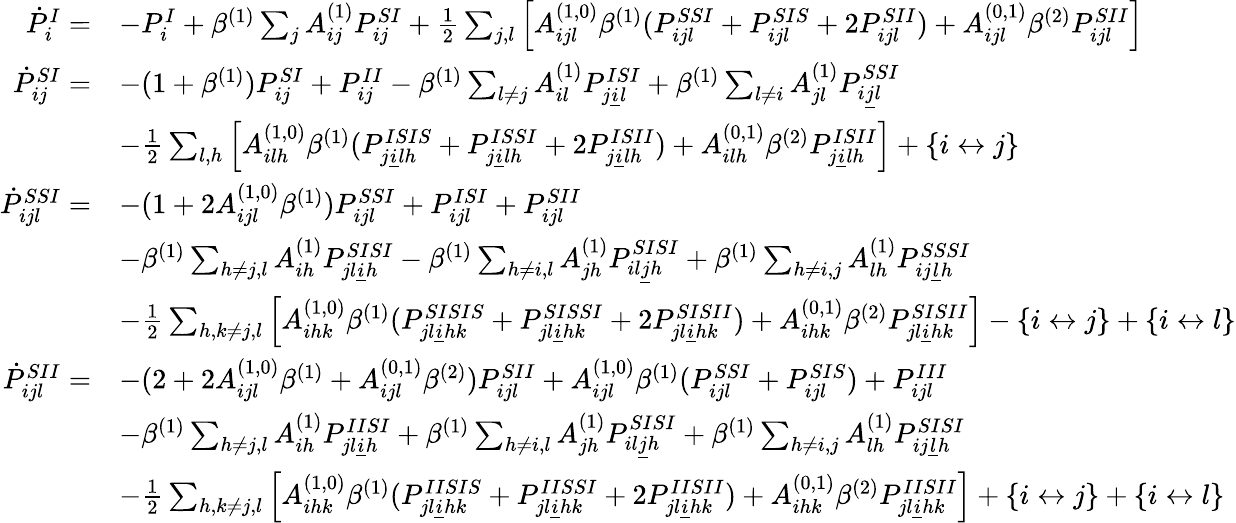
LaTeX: \begin{array}{rl}{\dot{P}_{i}^{I}=}&{-P_{i}^{I}+\beta^{(1)}\sum_{j}A_{ij}^{(1)}P_{ij}^{SI}+\frac 12\sum_{j,l}\left[A_{ijl}^{(1,0)}\beta^{(1)}(P_{ijl}^{SSI}+P_{ijl}^{SIS}+2P_{ijl}^{SII})+A_{ijl}^{(0,1)}\beta^{(2)}P_{ijl}^{SII}\right]}\\ {\dot{P}_{ij}^{SI}=}&{-(1+\beta^{(1)})P_{ij}^{SI}+P_{ij}^{II}-\beta^{(1)}\sum_{l\neq j}A_{il}^{(1)}P_{j\underline{{i}}l}^{ISI}+\beta^{(1)}\sum_{l\neq i}A_{jl}^{(1)}P_{i\underline{{j}}l}^{SSI}}\\ &{-\frac 12\sum_{l,h}\left[A_{ilh}^{(1,0)}\beta^{(1)}(P_{j\underline{{i}}lh}^{ISIS}+P_{j\underline{{i}}lh}^{ISSI}+2P_{j\underline{{i}}lh}^{ISII})+A_{ilh}^{(0,1)}\beta^{(2)}P_{j\underline{{i}}lh}^{ISII}\right]+\{ i\leftrightarrow j\} }\\ {\dot{P}_{ijl}^{SSI}=}&{-(1+2A_{ijl}^{(1,0)}\beta^{(1)})P_{ijl}^{SSI}+P_{ijl}^{ISI}+P_{ijl}^{SII}}\\ &{-\beta^{(1)}\sum_{h\neq j,l}A_{ih}^{(1)}P_{jl\underline{{i}}h}^{SISI}-\beta^{(1)}\sum_{h\neq i,l}A_{jh}^{(1)}P_{il\underline{{j}}h}^{SISI}+\beta^{(1)}\sum_{h\neq i,j}A_{lh}^{(1)}P_{ij\underline{{l}}h}^{SSSI}}\\ &{-\frac 12\sum_{h,k\neq j,l}\left[A_{ihk}^{(1,0)}\beta^{(1)}(P_{jl\underline{{i}}hk}^{SISIS}+P_{jl\underline{{i}}hk}^{SISSI}+2P_{jl\underline{{i}}hk}^{SISII})+A_{ihk}^{(0,1)}\beta^{(2)}P_{jl\underline{{i}}hk}^{SISII}\right]-\{ i\leftrightarrow j\} +\{ i\leftrightarrow l\} }\\ {\dot{P}_{ijl}^{SII}=}&{-(2+2A_{ijl}^{(1,0)}\beta^{(1)}+A_{ijl}^{(0,1)}\beta^{(2)})P_{ijl}^{SII}+A_{ijl}^{(1,0)}\beta^{(1)}(P_{ijl}^{SSI}+P_{ijl}^{SIS})+P_{ijl}^{III}}\\ &{-\beta^{(1)}\sum_{h\neq j,l}A_{ih}^{(1)}P_{jl\underline{{i}}h}^{IISI}+\beta^{(1)}\sum_{h\neq i,l}A_{jh}^{(1)}P_{il\underline{{j}}h}^{SISI}+\beta^{(1)}\sum_{h\neq i,j}A_{lh}^{(1)}P_{ij\underline{{l}}h}^{SISI}}\\ &{-\frac 12\sum_{h,k\neq j,l}\left[A_{ihk}^{(1,0)}\beta^{(1)}(P_{jl\underline{{i}}hk}^{IISIS}+P_{jl\underline{{i}}hk}^{IISSI}+2P_{jl\underline{{i}}hk}^{IISII})+A_{ihk}^{(0,1)}\beta^{(2)}P_{jl\underline{{i}}hk}^{IISII}\right]+\{ i\leftrightarrow j\} +\{ i\leftrightarrow l\} }\end{array}